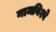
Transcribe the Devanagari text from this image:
नामविश्वे